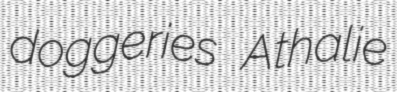
doggeries Athalie